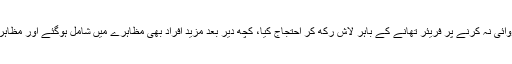
واقعے کی اطلاع اہل خانہ کو ملی تو انہوں نے پولیس کی جانب سے کارروائی نہ کرنے پر فریئر تھانے کے باہر لاش رکھ کر احتجاج کیا، کچھ دیر بعد مزید افراد بھی مظاہرے میں شامل ہوگئے اور مظاہرین کی بڑی تعداد کو دیکھ کر پولیس نے تھانے کے دروازے بند کر دیے۔